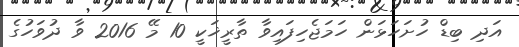
އަދި ބިޑް ހުށަހަޅަން ހަމަޖެހިފައިވާ ތާރީޚަކީ 10 މޭ 2016 ވާ ދުވަހުގެ